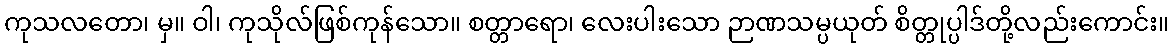
ကုသလတော၊ မှ။ ဝါ၊ ကုသိုလ်ဖြစ်ကုန်သော။ စတ္တာရော၊ လေးပါးသော ဉာဏသမ္ပယုတ် စိတ္တုပ္ပါဒ်တို့လည်းကောင်း။